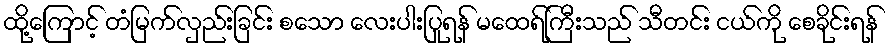
ထို့ကြောင့် တံမြက်လှည်းခြင်း စသော လေးပါးပြုရန် မထေရ်ကြီးသည် သီတင်း ငယ်ကို စေခိုင်းရန်